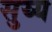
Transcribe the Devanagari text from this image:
सुय्य